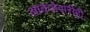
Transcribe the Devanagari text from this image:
आकडेवारीही